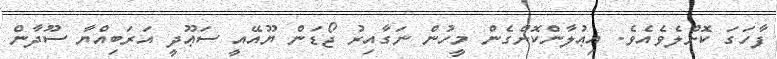
ފާހަގަ ކޮށްލެވެއެވެ. އިޢުލާންކޮށްގެން މީހުން ނަގާއިރު ޖޯޑަން ޔޫއޭއީ ސަޢޫދީ އަރަބިއްޔާ ސޫދާން